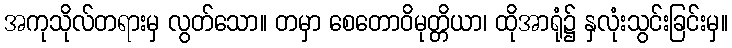
အကုသိုလ်တရားမှ လွတ်သော။ တမှာ စေတောဝိမုတ္တိယာ၊ ထိုအာရုံ၌ နှလုံးသွင်းခြင်းမှ။